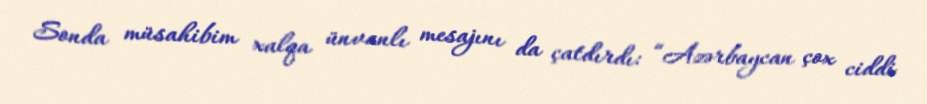
Sonda müsahibim xalqa ünvanlı mesajını da çatdırdı: “Azərbaycan çox ciddi